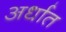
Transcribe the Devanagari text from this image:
अर्धात